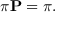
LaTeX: \pi \mathbf { P } = \pi .